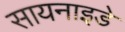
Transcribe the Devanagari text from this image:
सायनाइडे